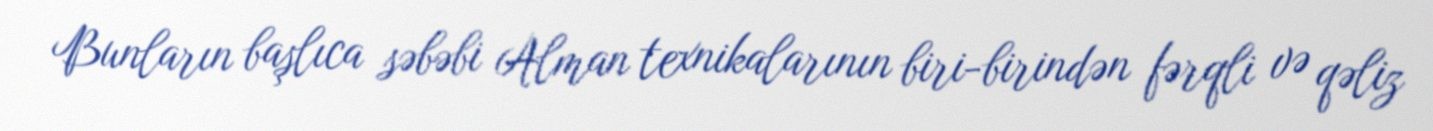
Bunların başlıca səbəbi Alman texnikalarının biri-birindən fərqli və qəliz